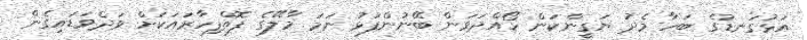
އަޅުގަނޑުގެ ބަހާ މެދު ޔަގީންކަން ހޯއްދަވަން ބޭނުންފުޅު ނަމަ މާލޭގެ ފޮތްފިހާރައަކަށް ވަދެވަޑައިގެން